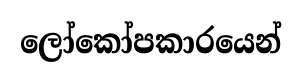
ලෝකෝපකාරයෙන්